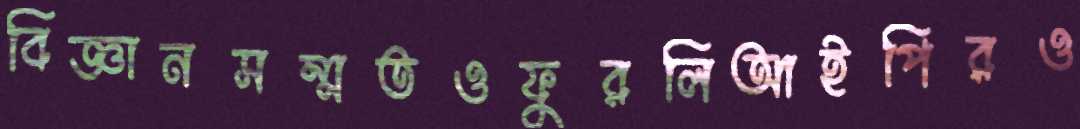
বিজ্ঞানসম্মতওফুরলিআইপিরও